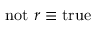
\mathrm { n o t } ~ r \equiv \mathrm { t r u e }